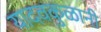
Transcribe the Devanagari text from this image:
यादवकुळानी